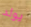
يولد